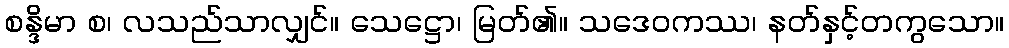
စန္ဒိမာ စ၊ လသည်သာလျှင်။ သေဋ္ဌော၊ မြတ်၏။ သဒေဝကဿ၊ နတ်နှင့်တကွသော။